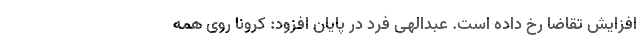
افزایش تقاضا رخ داده است. عبدالهی فرد در پایان افزود:‌ کرونا روی همه‌